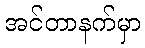
အင်တာနက်မှာ